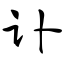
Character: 讣